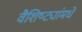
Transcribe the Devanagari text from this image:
वैशिष्ट्यांमधे